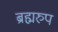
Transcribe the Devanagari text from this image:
ब्रह्मरुप